NAE_ERA_R-1665_Eesti_Kunstnike_Liit, lk 84
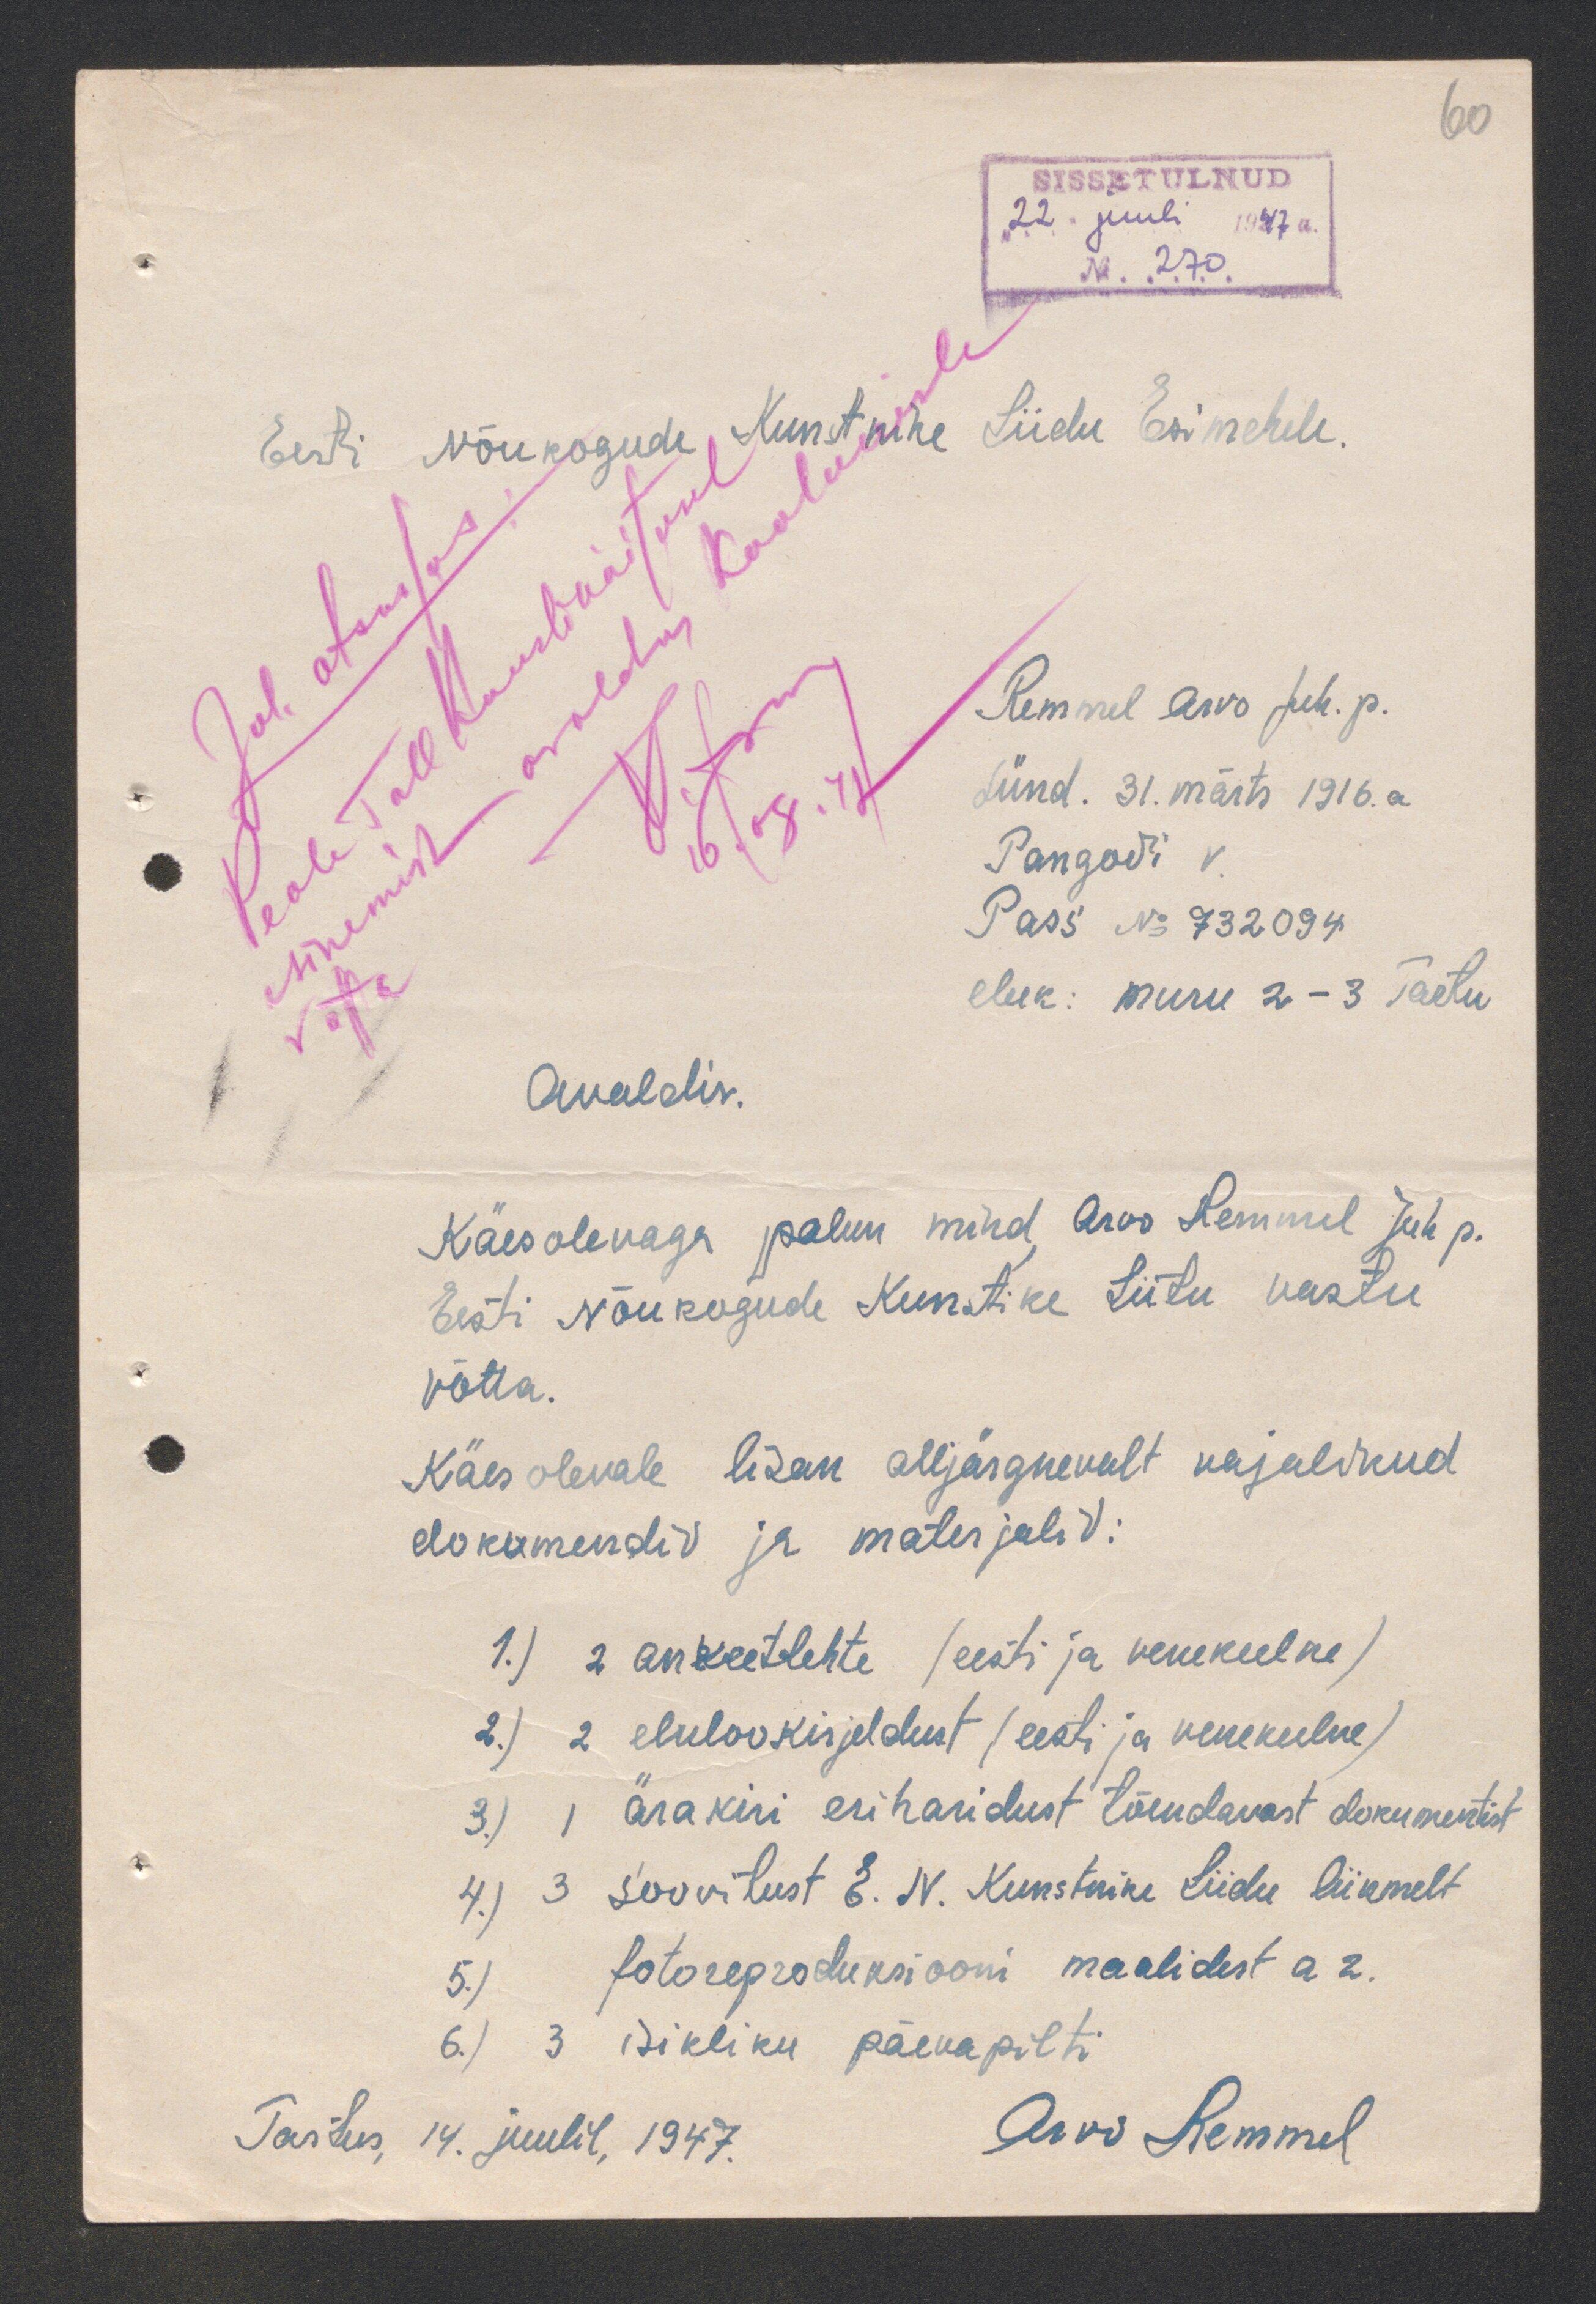
60
SISSETULNUD
"22" juuli 1947 a
N 270
Eesti Nõukogude Kunstnike Liidu Esimehele.
Juh. otsustas:
Peale Tall. Kunstinäitusel
esinemist avaldus kaalumisele
võtta
16.08.47
Remmel Arvo Juh. p.
Sünd. 31. märts 1916. a.
Pangodi v.
Pass No 732094
eluk: muru 2-3 Tartu
Avaldis.
Käesolevaga palun mind, Arvo Remmel Juh p.
Eesti Nõukogude Kunstike Liitu vastu
võtta.
Käesolevale lisan alljärgnevalt vajalikud
dokumendid ja materjalid:
1.) 2 ankeetlehte (eesti ja venekeelne)
2.) 2 elulookirjeldust (eesti ja venekeelne)
3.) 1 ärakiri eriharidust tõendavast dokumentist
4.) 3 soovitust E. N. Kunstnike Liidu liikmelt
5.) fotoreproduksiooni maalidest a 2.
6.) 3 isikliku päevapilti
Tartus, 14. juulil, 1947.
Arvo Remmel